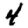
Digit: 4